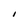
Character: I